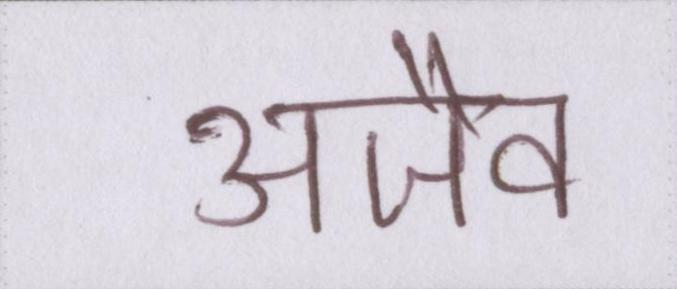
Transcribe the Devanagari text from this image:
अजैव